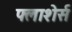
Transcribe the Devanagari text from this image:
फ्लाशेर्स